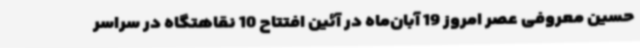
حسین معروفی عصر امروز 19 آبان‌ماه در آئین افتتاح 10 نقاهتگاه در سراسر